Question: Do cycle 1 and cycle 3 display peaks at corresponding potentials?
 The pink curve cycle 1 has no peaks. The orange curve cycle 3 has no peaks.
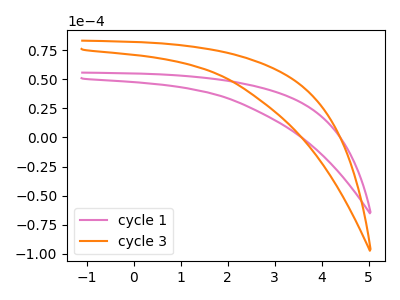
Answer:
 <answer>Niether CV has any peaks.</answer>
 <eval>blanks</eval>